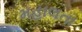
મહાલતા